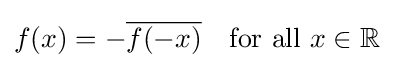
f(x)=-{\overline {f(-x)}}\quad {\text{for all }}x\in \mathbb {R}